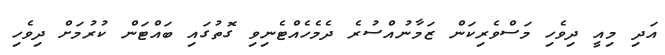
އަދި މިއީ ދިވެހި މަސްވެރިކަން ޒަމާނުއްސުރެ ދެމެހެއްޓެނިވި ގޮތުގައި ބައްޓަން ކުރުމަށް ދިވެހި